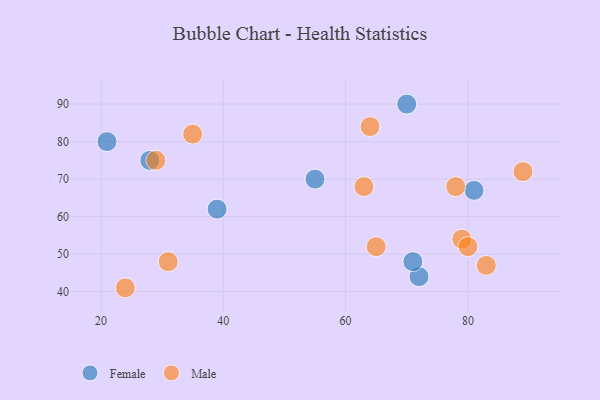
{"axis": {"x": "GDP", "y": "Life Expectancy"}, "legend": ["Female", "Male"], "data": [{"x": "21", "y": 80, "type": "Female"}, {"x": "81", "y": 67, "type": "Female"}, {"x": "39", "y": 62, "type": "Female"}, {"x": "70", "y": 90, "type": "Female"}, {"x": "72", "y": 44, "type": "Female"}, {"x": "28", "y": 75, "type": "Female"}, {"x": "55", "y": 70, "type": "Female"}, {"x": "71", "y": 48, "type": "Female"}, {"x": "64", "y": 84, "type": "Male"}, {"x": "89", "y": 72, "type": "Male"}, {"x": "83", "y": 47, "type": "Male"}, {"x": "65", "y": 52, "type": "Male"}, {"x": "29", "y": 75, "type": "Male"}, {"x": "79", "y": 54, "type": "Male"}, {"x": "35", "y": 82, "type": "Male"}, {"x": "80", "y": 52, "type": "Male"}, {"x": "63", "y": 68, "type": "Male"}, {"x": "24", "y": 41, "type": "Male"}, {"x": "78", "y": 68, "type": "Male"}, {"x": "31", "y": 48, "type": "Male"}]}